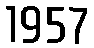
1957